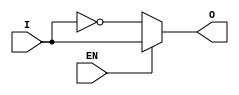
module active_low_buffer (
    input wire I,
    input wire EN,
    output reg O
);

always @ (I, EN) begin
    if (!EN)
        O = !I;
    else
        O = I;
end

endmodule